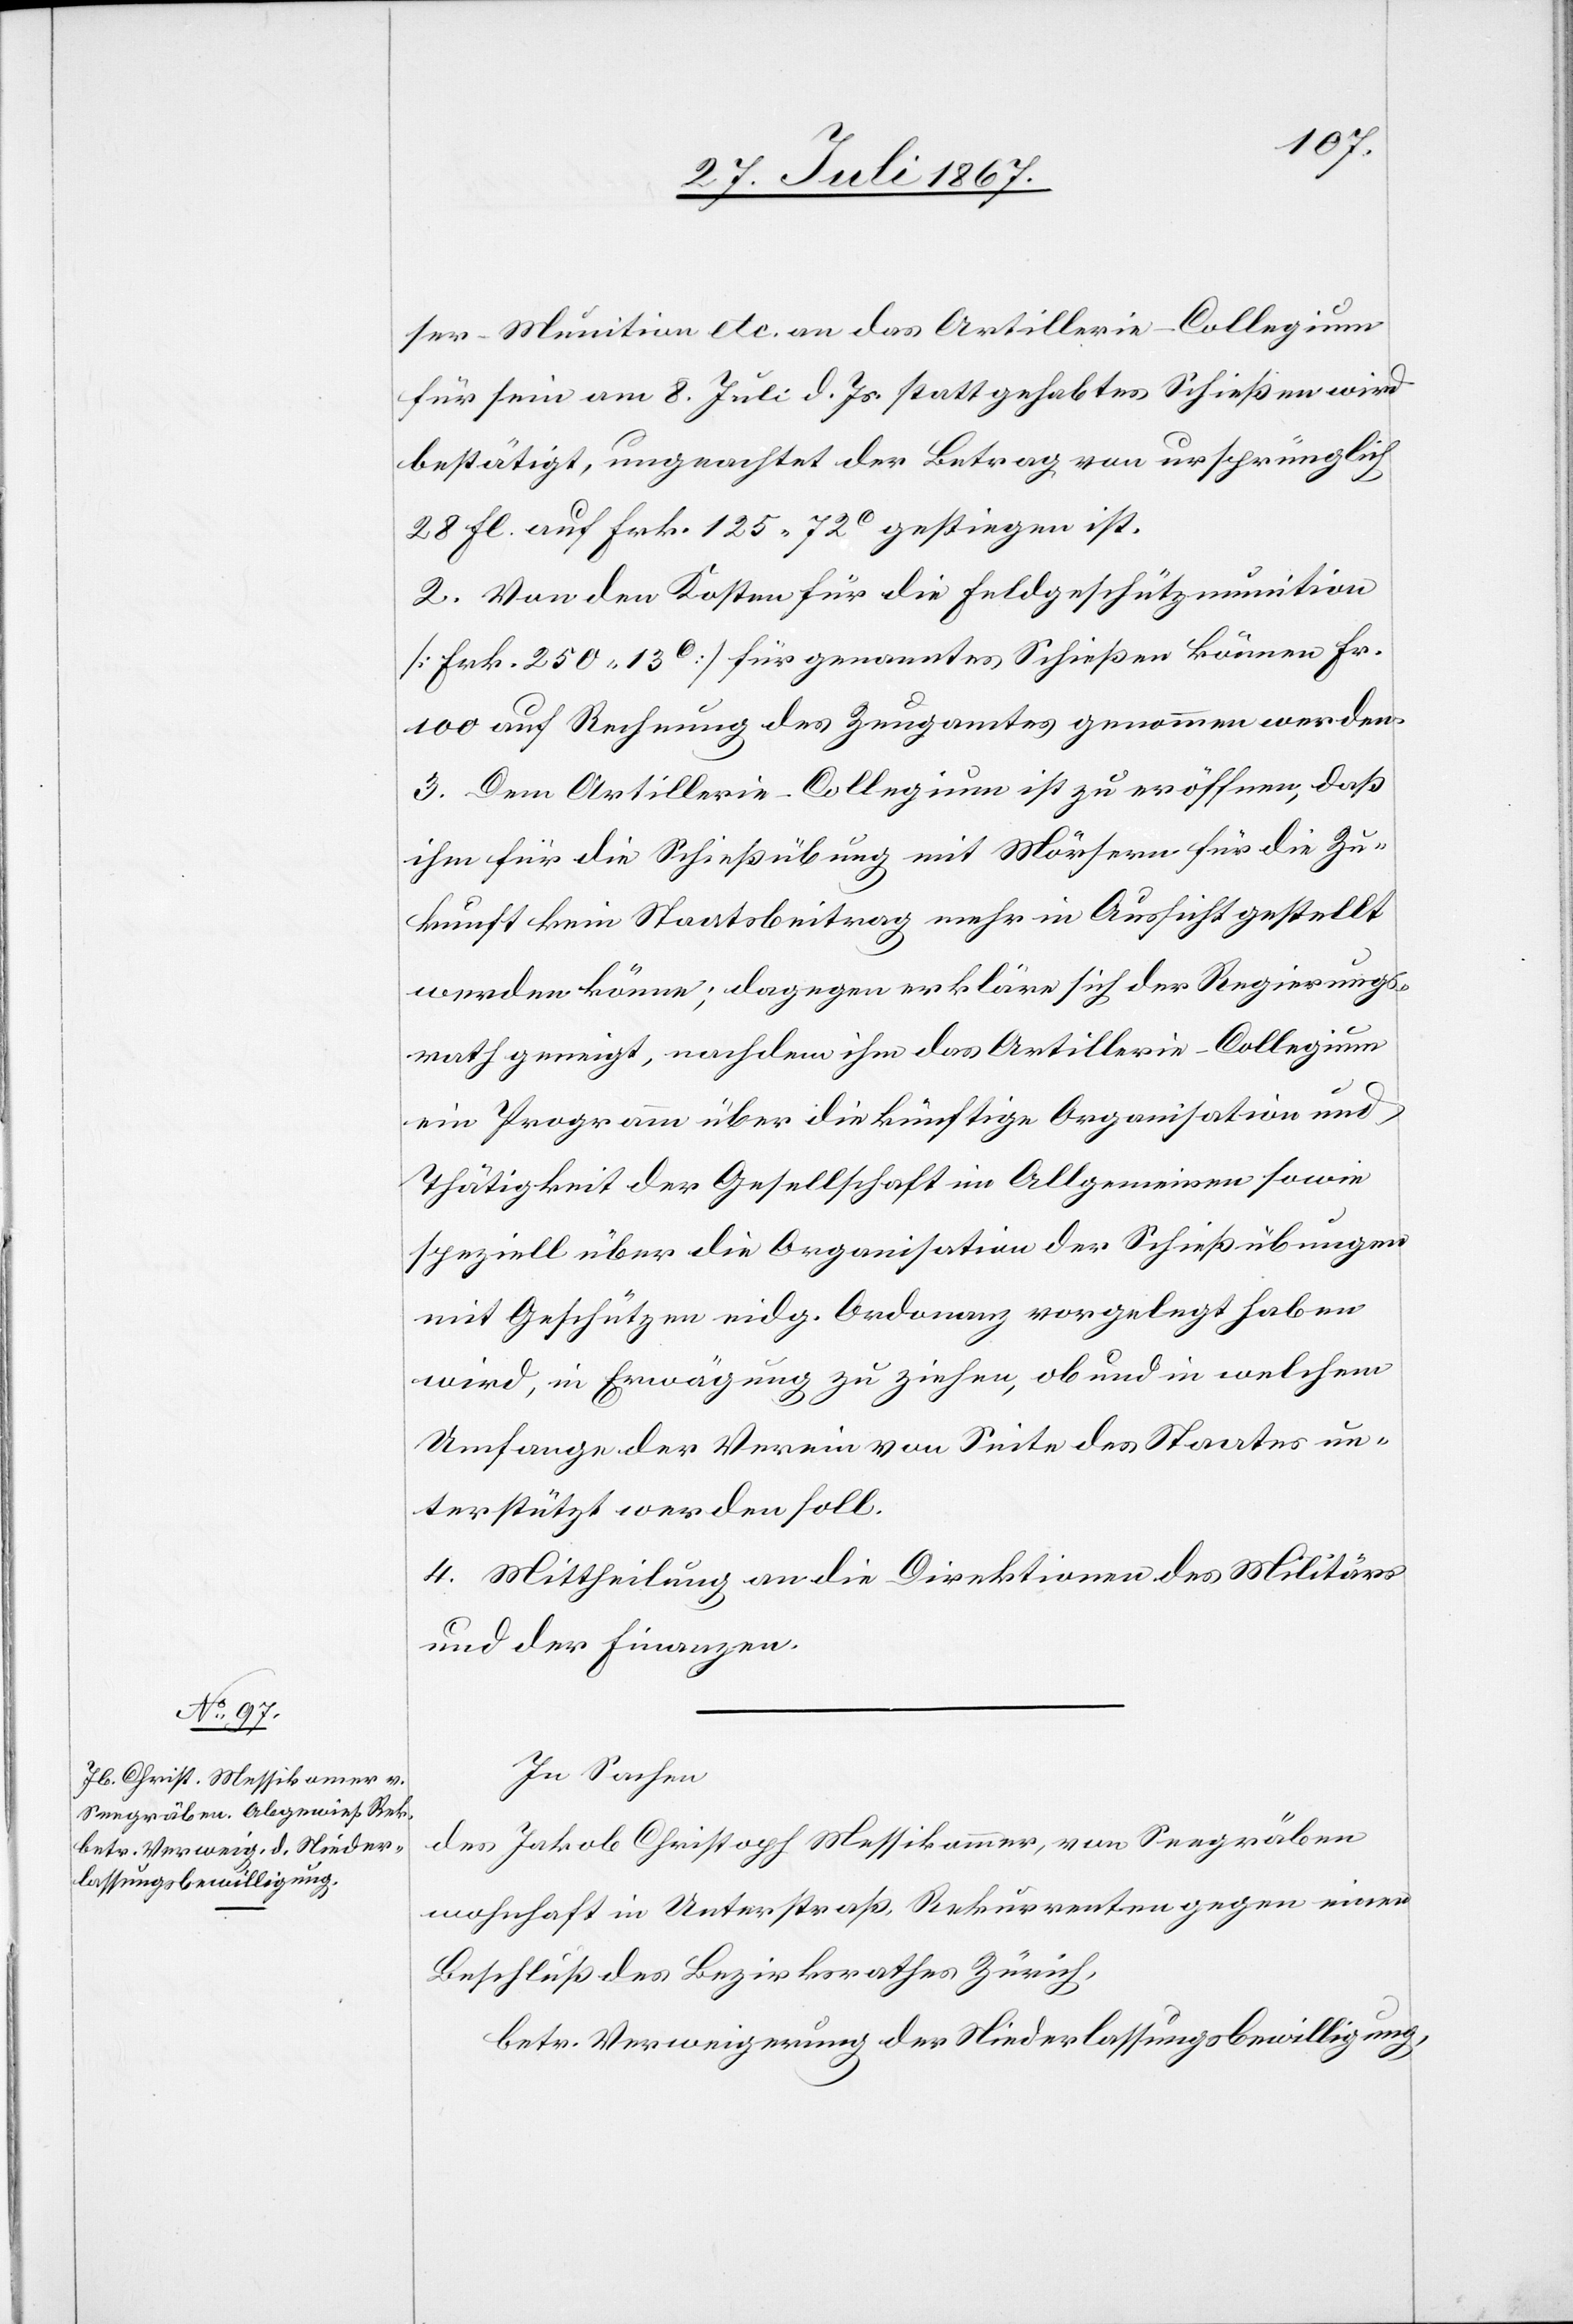
ser-Munition etc. an das Artillerie-Collegium
für sein am 8. Juli d. Js. stattgehabtes Schießen wird
bestätigt, ungeachtet der Betrag von ursprünglich
28 fl. auf Frk. 125.72 c gestiegen ist.
2. Von den Kosten für die Feldgeschützmunition
[Frk. 250.13 c.] für genanntes Schießen können Fr.
100 auf Rechnung des Zeugamtes genommen werden.
3. Dem Artillerie-Collegium ist zu eröffnen, daß
ihm für die Schießübung mit Mörsern für die Zu¬
kunft kein Staatsbeitrag mehr in Aussicht gestellt
werden könne; dagegen erkläre sich der Regierungs¬
rath geneigt, nachdem ihm das Artillerie-Collegium
ein Programm über die künftige Organisation und
Thätigkeit der Gesellschaft im Allgemeinen sowie
speziell über die Organisation der Schießübungen
mit Geschützen eidg. Ordonanz vorgelegt haben
wird, in Erwägung zu ziehen, ob und in welchem
Umfange der Verein von Seite des Staates un¬
terstützt werden soll.
4. Mittheilung an die Direktionen des Militärs
und der Finanzen.
In Sachen
des Jakob Christoph Messikammer [sic!], von Seegräben
wohnhaft in Unterstraß, Rekurrenten gegen einen
Beschluß des Bezirksrathes Zürich,
betr. Verweigerung der Niederlassungsbewilligung,